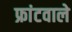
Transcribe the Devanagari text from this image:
फ्रांटवाले